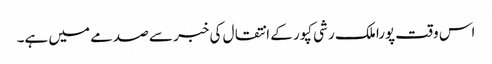
اس وقت پورا ملک رشی کپور کے انتقال کی خبر سے صدمے میں ہے۔